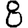
Digit: 8